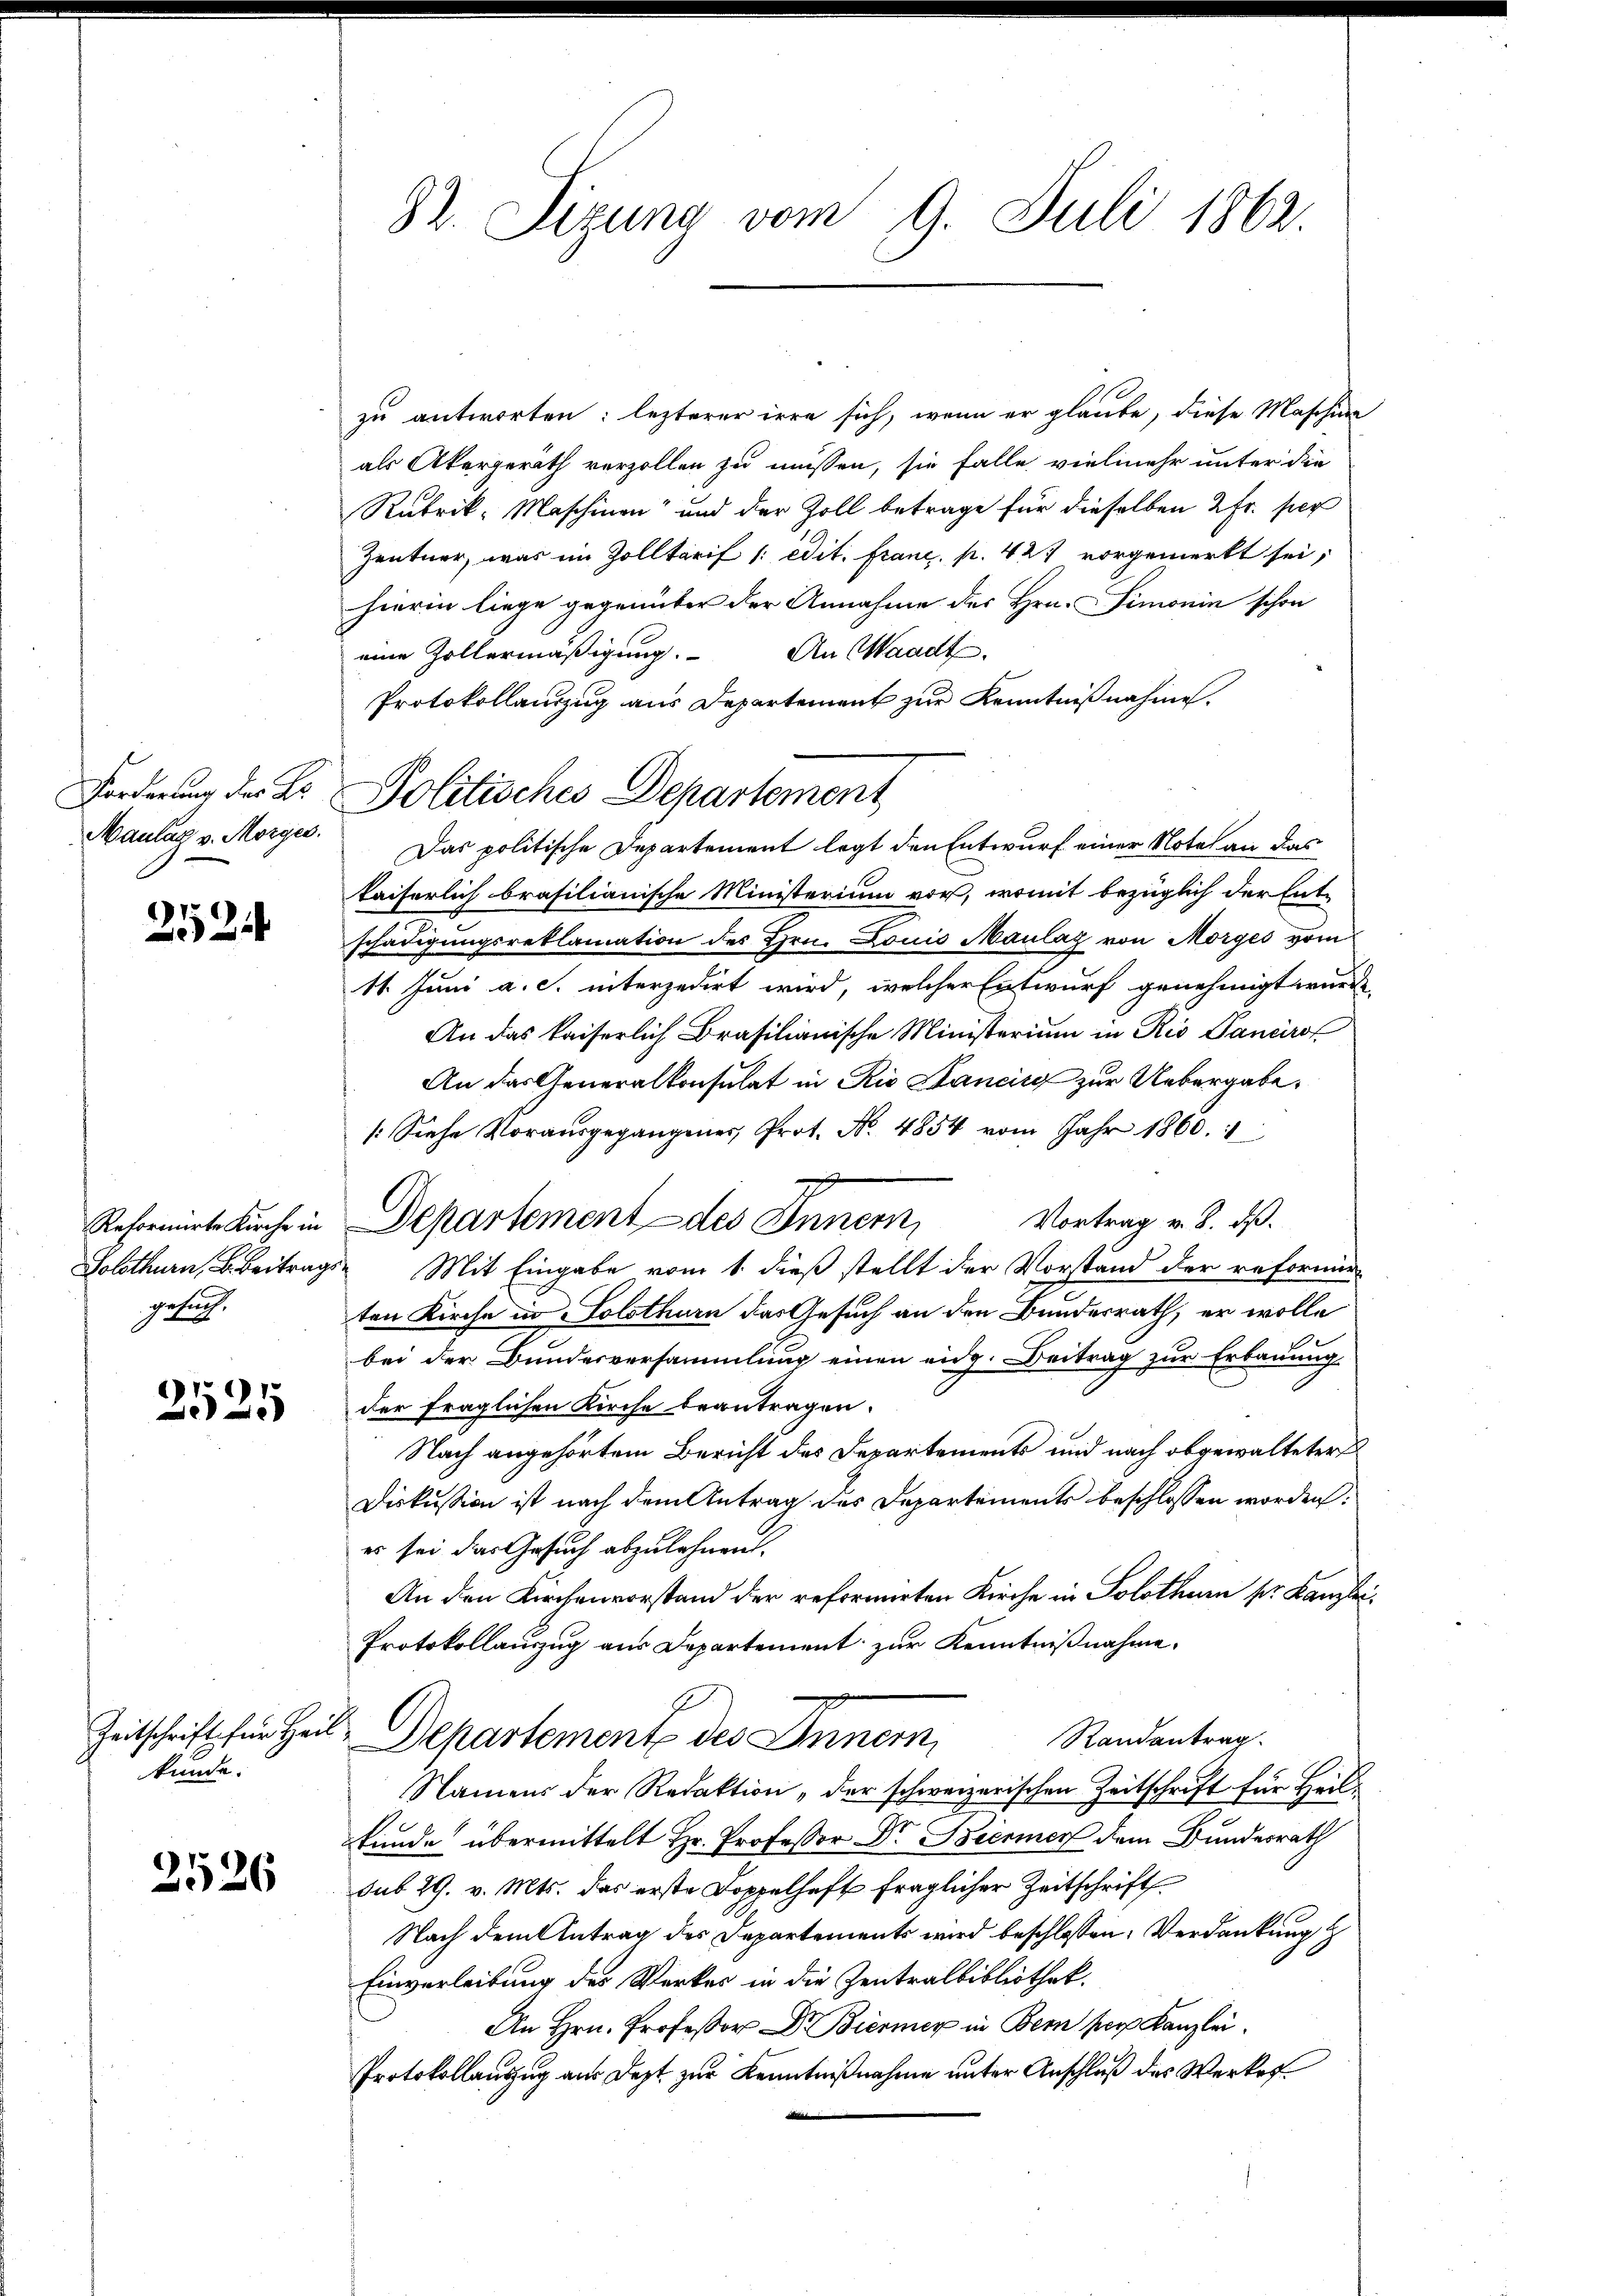
Forderung der Be
Maulag v. Morges.

2524

Reformirte Kirche in
gesuch.

2525

Zeitschrift für Han
kunde.

2526

82. Sizung vom 9. Juli 1862.

zu antworten: lezterer irre sich, wenn er glaube, diese Maschinn
als Akergerath verzollen zu müssen, sie falle vielmehr unter die
Rubrik- Maschinen“ und der Zoll betrage für dieselben 2 Fr. per
Zentner, was im Zolltarif /: edit. franz. p. 427 vorgemerkt sei,
hierin liege gegenüber der Annahme des Hrn. Simonin schon
eine Zollermäßigung. An Waadt
Protokollanzug aus Departement zur Kenntnißnahme.
Das politische Departement legt den Entwurf einer Notel an das
kaiserlich brasilianische Ministerium vor, womit bezüglich der Ent-
schädigungsreklamation des Hrn. Louis Maulaz von Morges vom
11. Juni a. c. interzedirt wird, welcher Entwurf genehmigt wurde
An das kaiserlich Brasilianische Ministerium in Rio Pancirof
An das Generalkonsulat in Rio Sancise zur Uebergabe,
/. Siehe Vorausgegangener, Prot. No. 4854 vom Jahr 1860.
Vortrag v. 8. dß.
Departement - des Innern,
Solothurn, Beitrags Mit Eingabe vom 1. dieß stellt der Vorstand der reformie
ten Kirche in Solothurn das Gesuch an den Bundesrath, er wolle
bei der Bundesversammlung einen eidg. Beitrag zur Erbauung
der fraglichen Kirche beantragen.
Nach angehörtem Bericht des Departements und nach obgewalteter
Diskussion ist nach dem Antrag des Departements beschlossen worden.
es sei das Gesuch abzulehnen.
An den Kirchenvorstand der reformirten Kirche in Solothurn sr. Kanzen
Protokollauszug aus Departement zur Kenntnißnahme.
2
Randantrag
Departement des Inner
Namens der Redaktion „der schweizerischen Zeitschrift für Heilfunde übermittelt Hr. Professor Dr. Biermer dem Bundesrath
sub 29. v. Mts. das erste Doppelhaft fraglicher Zeitschrift
Nach dem Antrag des Departements wird beschlossen: Verdankung
Einverleitung des Werker in die Zentralbibliothek.
An Hrn. Professor Dr. Biermer in Bern ser Kanzlei.
Protokollauszug aus dest zur Kenntnißnahme unter Anschluß des Werker¬

Politisches Departement